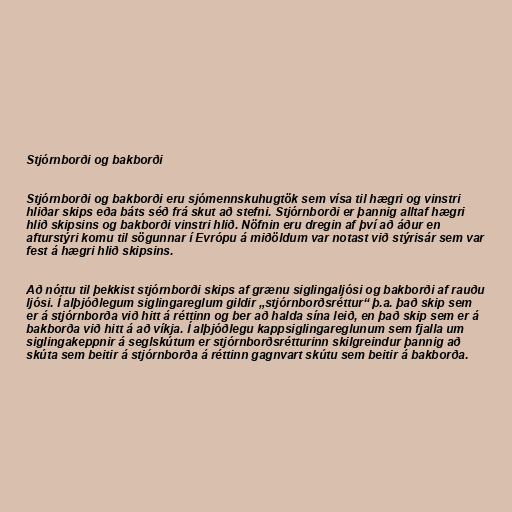
Stjórnborði og bakborði

Stjórnborði og bakborði eru sjómennskuhugtök sem vísa til hægri og vinstri
hliðar skips eða báts séð frá skut að stefni. Stjórnborði er þannig alltaf hægri
hlið skipsins og bakborði vinstri hlið. Nöfnin eru dregin af því að áður en
afturstýri komu til sögunnar í Evrópu á miðöldum var notast við stýrisár sem var
fest á hægri hlið skipsins.

Að nóttu til þekkist stjórnborði skips af grænu siglingaljósi og bakborði af rauðu
ljósi. Í alþjóðlegum siglingareglum gildir „stjórnborðsréttur“ þ.a. það skip sem
er á stjórnborða við hitt á réttinn og ber að halda sína leið, en það skip sem er á
bakborða við hitt á að víkja. Í alþjóðlegu kappsiglingareglunum sem fjalla um
siglingakeppnir á seglskútum er stjórnborðsrétturinn skilgreindur þannig að
skúta sem beitir á stjórnborða á réttinn gagnvart skútu sem beitir á bakborða.